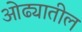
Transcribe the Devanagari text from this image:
ओढ्यातील